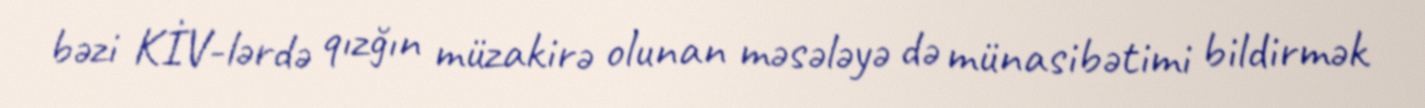
bəzi KİV-lərdə qızğın müzakirə olunan məsələyə də münasibətimi bildirmək